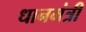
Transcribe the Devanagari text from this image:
धानमंत्री